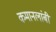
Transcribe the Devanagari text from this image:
कमानलांबी